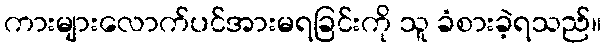
ကားများလောက်ပင်အားမရခြင်းကို သူ ခံစားခဲ့ရသည်။